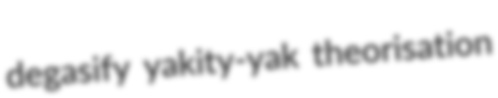
degasify yakity-yak theorisation